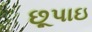
છૂપાઇ